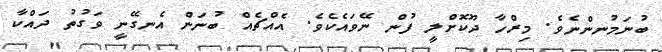
ބުނަމުނންނެވެ. މިރްހާ ދޫކޮށްލީ ފުން ނޭވައެކެވެ. އެއްޗެއް ބުނަން އެނގޭނީ ވަގުތު ދައްކާ